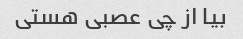
بیا از چی عصبی هستی